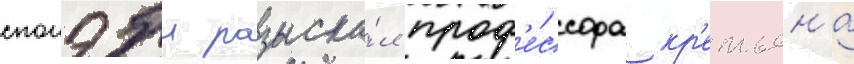
спонэбл разыска́л проф'е́ссора кр'етьена